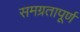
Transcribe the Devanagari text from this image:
समग्रतापूर्ण